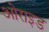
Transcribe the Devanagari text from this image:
ओराइड